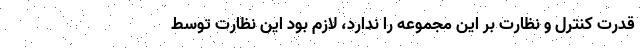
قدرت کنترل و نظارت بر این مجموعه را ندارد، لازم بود این نظارت توسط